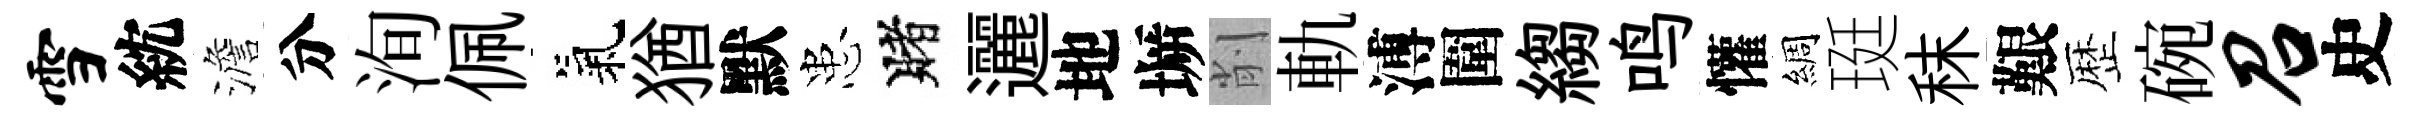
雪紞澹分洵佩氣猶默患賭邐地󶱲削軌溥圍縐鸣懽綢珽秣艱歴碗召史